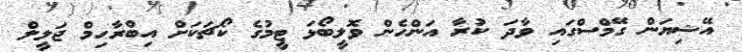
އޭޝިޔަން ގޭމްސްގައި ވާދަ ކުރާ އަންހެން ވޮލީބޯޅަ ޓީމުގެ ކޯޗަކަށް އިބްރާހިމް ޖަލީލް